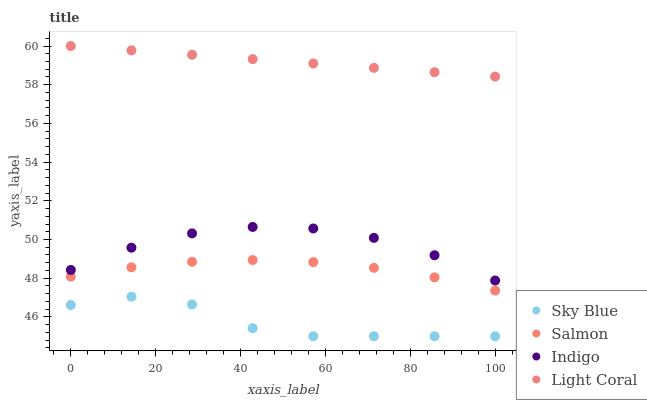
| xaxis_label | Sky Blue | Salmon | Indigo | Light Coral |
 | --- | --- | --- | --- | --- |
 | 0 | 46.6 | 48.1 | 48.4 | 60 |
 | 14.3 | 47 | 48.6 | 49.6 | 59.8 |
 | 28.6 | 46.6 | 48.8 | 50.3 | 59.5 |
 | 42.9 | 45.4 | 48.9 | 50.6 | 59.3 |
 | 57.1 | 45 | 48.8 | 50.6 | 59.1 |
 | 71.4 | 45 | 48.5 | 50.1 | 58.9 |
 | 85.7 | 45 | 48 | 49.2 | 58.6 |
 | 100 | 45 | 47.4 | 47.9 | 58.4 |